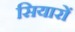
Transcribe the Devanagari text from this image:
सियारों